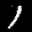
Label: 1